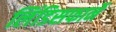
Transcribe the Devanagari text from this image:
लिंडिसफार्ने